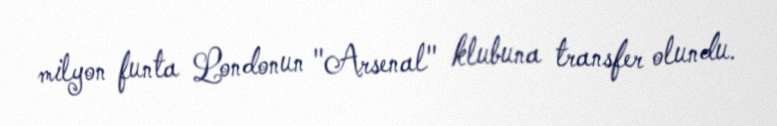
milyon funta Londonun "Arsenal" klubuna transfer olundu.